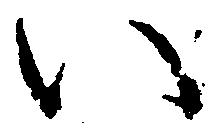
い